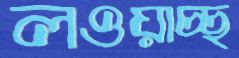
লওয়াচ্ছ